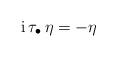
LaTeX: \begin{align*}{\rm i} \, \tau_\bullet \, \eta = - \eta\end{align*}